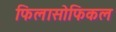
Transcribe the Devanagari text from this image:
फिलासोफिकल